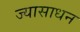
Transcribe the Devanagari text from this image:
ज्यासाधन